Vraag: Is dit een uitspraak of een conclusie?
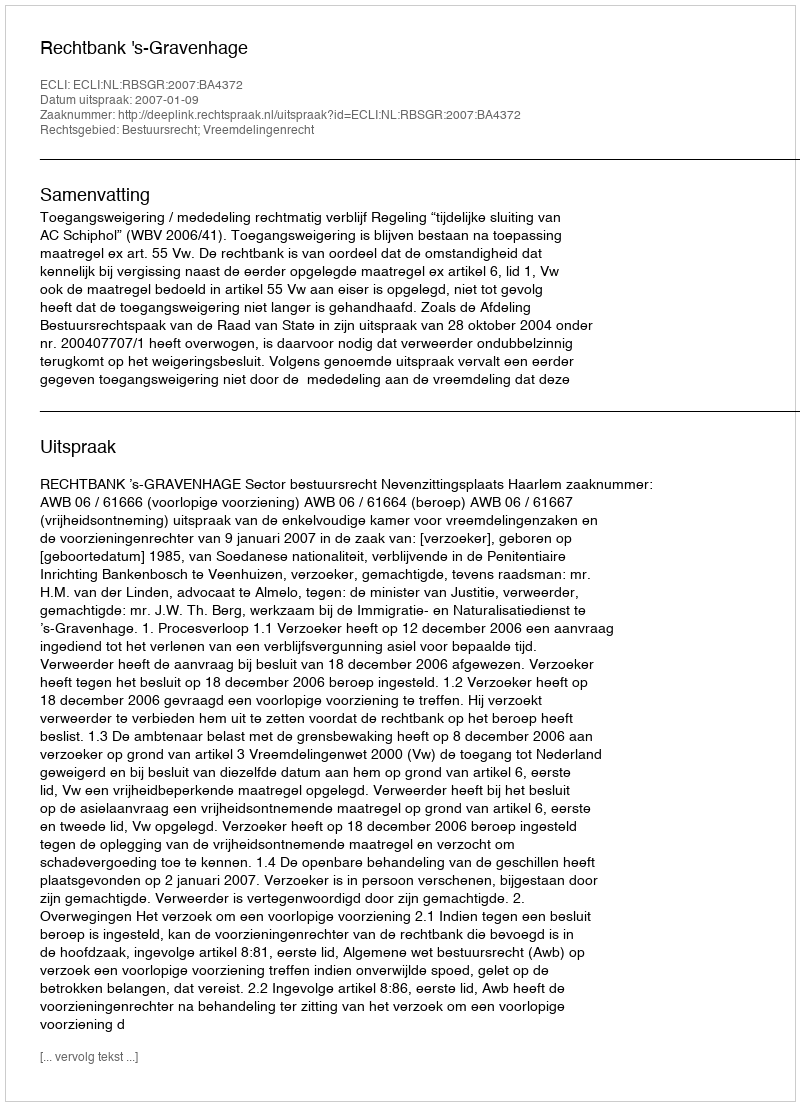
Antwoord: Uitspraak